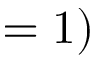
= 1 )